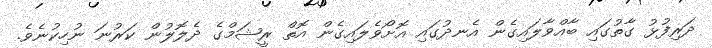
ދަރިފުޅު ގާތުގައި ބާއްވާލައިގެން އެނދުގައި އޮށޯވެލައިގެން އޮތް ރީޝަމްގެ ދެލޮލުން ކަރުނަ ނުހިކުނެވެ.